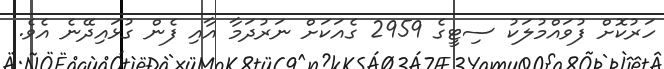
ހަރުކޮށް ފުވައްމުލަކު ސިޓީގެ 2959 ގެއަކަށް ނަރުދަމާ އާއި ފެން ގުޅައިދޭނެ އެވެ.